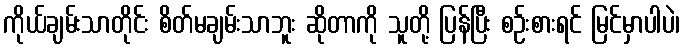
ကိုယ်ချမ်းသာတိုင်း စိတ်မချမ်းသာဘူး ဆိုတာကို သူတို့ ပြန်ပြီး စဉ်းစားရင် မြင်မှာပါပဲ၊